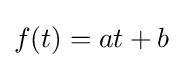
f(t)=at+b